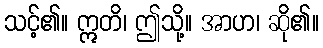
သင့်၏။ ဣတိ၊ ဤသို့။ အာဟ၊ ဆို၏။